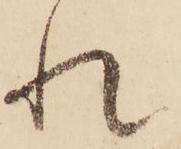
れ